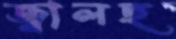
জ্বালছ